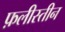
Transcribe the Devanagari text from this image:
फ़लीस्तीन